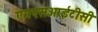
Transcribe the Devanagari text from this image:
एमएसआईटीसी